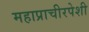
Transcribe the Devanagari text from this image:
महाप्राचीरपेशी